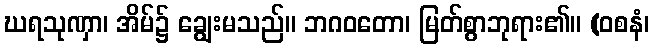
ဃရသုဏှာ၊ အိမ်၌ ချွေးမသည်။ ဘဂဝတော၊ မြတ်စွာဘုရား၏။ (ဝစနံ၊